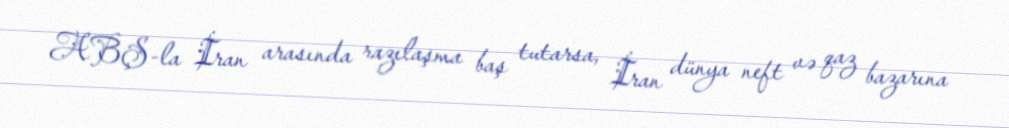
ABŞ-la İran arasında razılaşma baş tutarsa, İran dünya neft və qaz bazarına